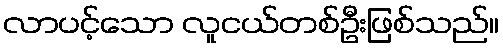
လာပင့်သော လူငယ်တစ်ဦးဖြစ်သည်။